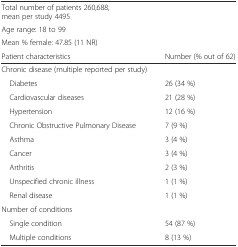
<table><thead><tr><td><b>Total number of patients 260,688, mean per study 4495</b></td><td rowspan="3">[EMPTY_CELL]</td></tr><tr><td><b>Age range: 18 to 99</b></td></tr><tr><td><b>Mean % female: 47.85 (11 NR)</b></td></tr><tr><td><b>Patient characteristics</b></td><td><b>Number (% out of 62)</b></td></tr></thead><tbody><tr><td colspan="2">Chronic disease (multiple reported per study)</td></tr><tr><td> Diabetes</td><td>26 (34 %)</td></tr><tr><td> Cardiovascular diseases</td><td>21 (28 %)</td></tr><tr><td> Hypertension</td><td>12 (16 %)</td></tr><tr><td> Chronic Obstructive Pulmonary Disease</td><td>7 (9 %)</td></tr><tr><td> Asthma</td><td>3 (4 %)</td></tr><tr><td> Cancer</td><td>3 (4 %)</td></tr><tr><td> Arthritis</td><td>2 (3 %)</td></tr><tr><td> Unspecified chronic illness</td><td>1 (1 %)</td></tr><tr><td> Renal disease</td><td>1 (1 %)</td></tr><tr><td>Number of conditions</td><td>[EMPTY_CELL]</td></tr><tr><td> Single condition</td><td>54 (87 %)</td></tr><tr><td> Multiple conditions</td><td>8 (13 %)</td></tr></tbody></table>